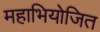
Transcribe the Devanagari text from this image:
महाभियोजित